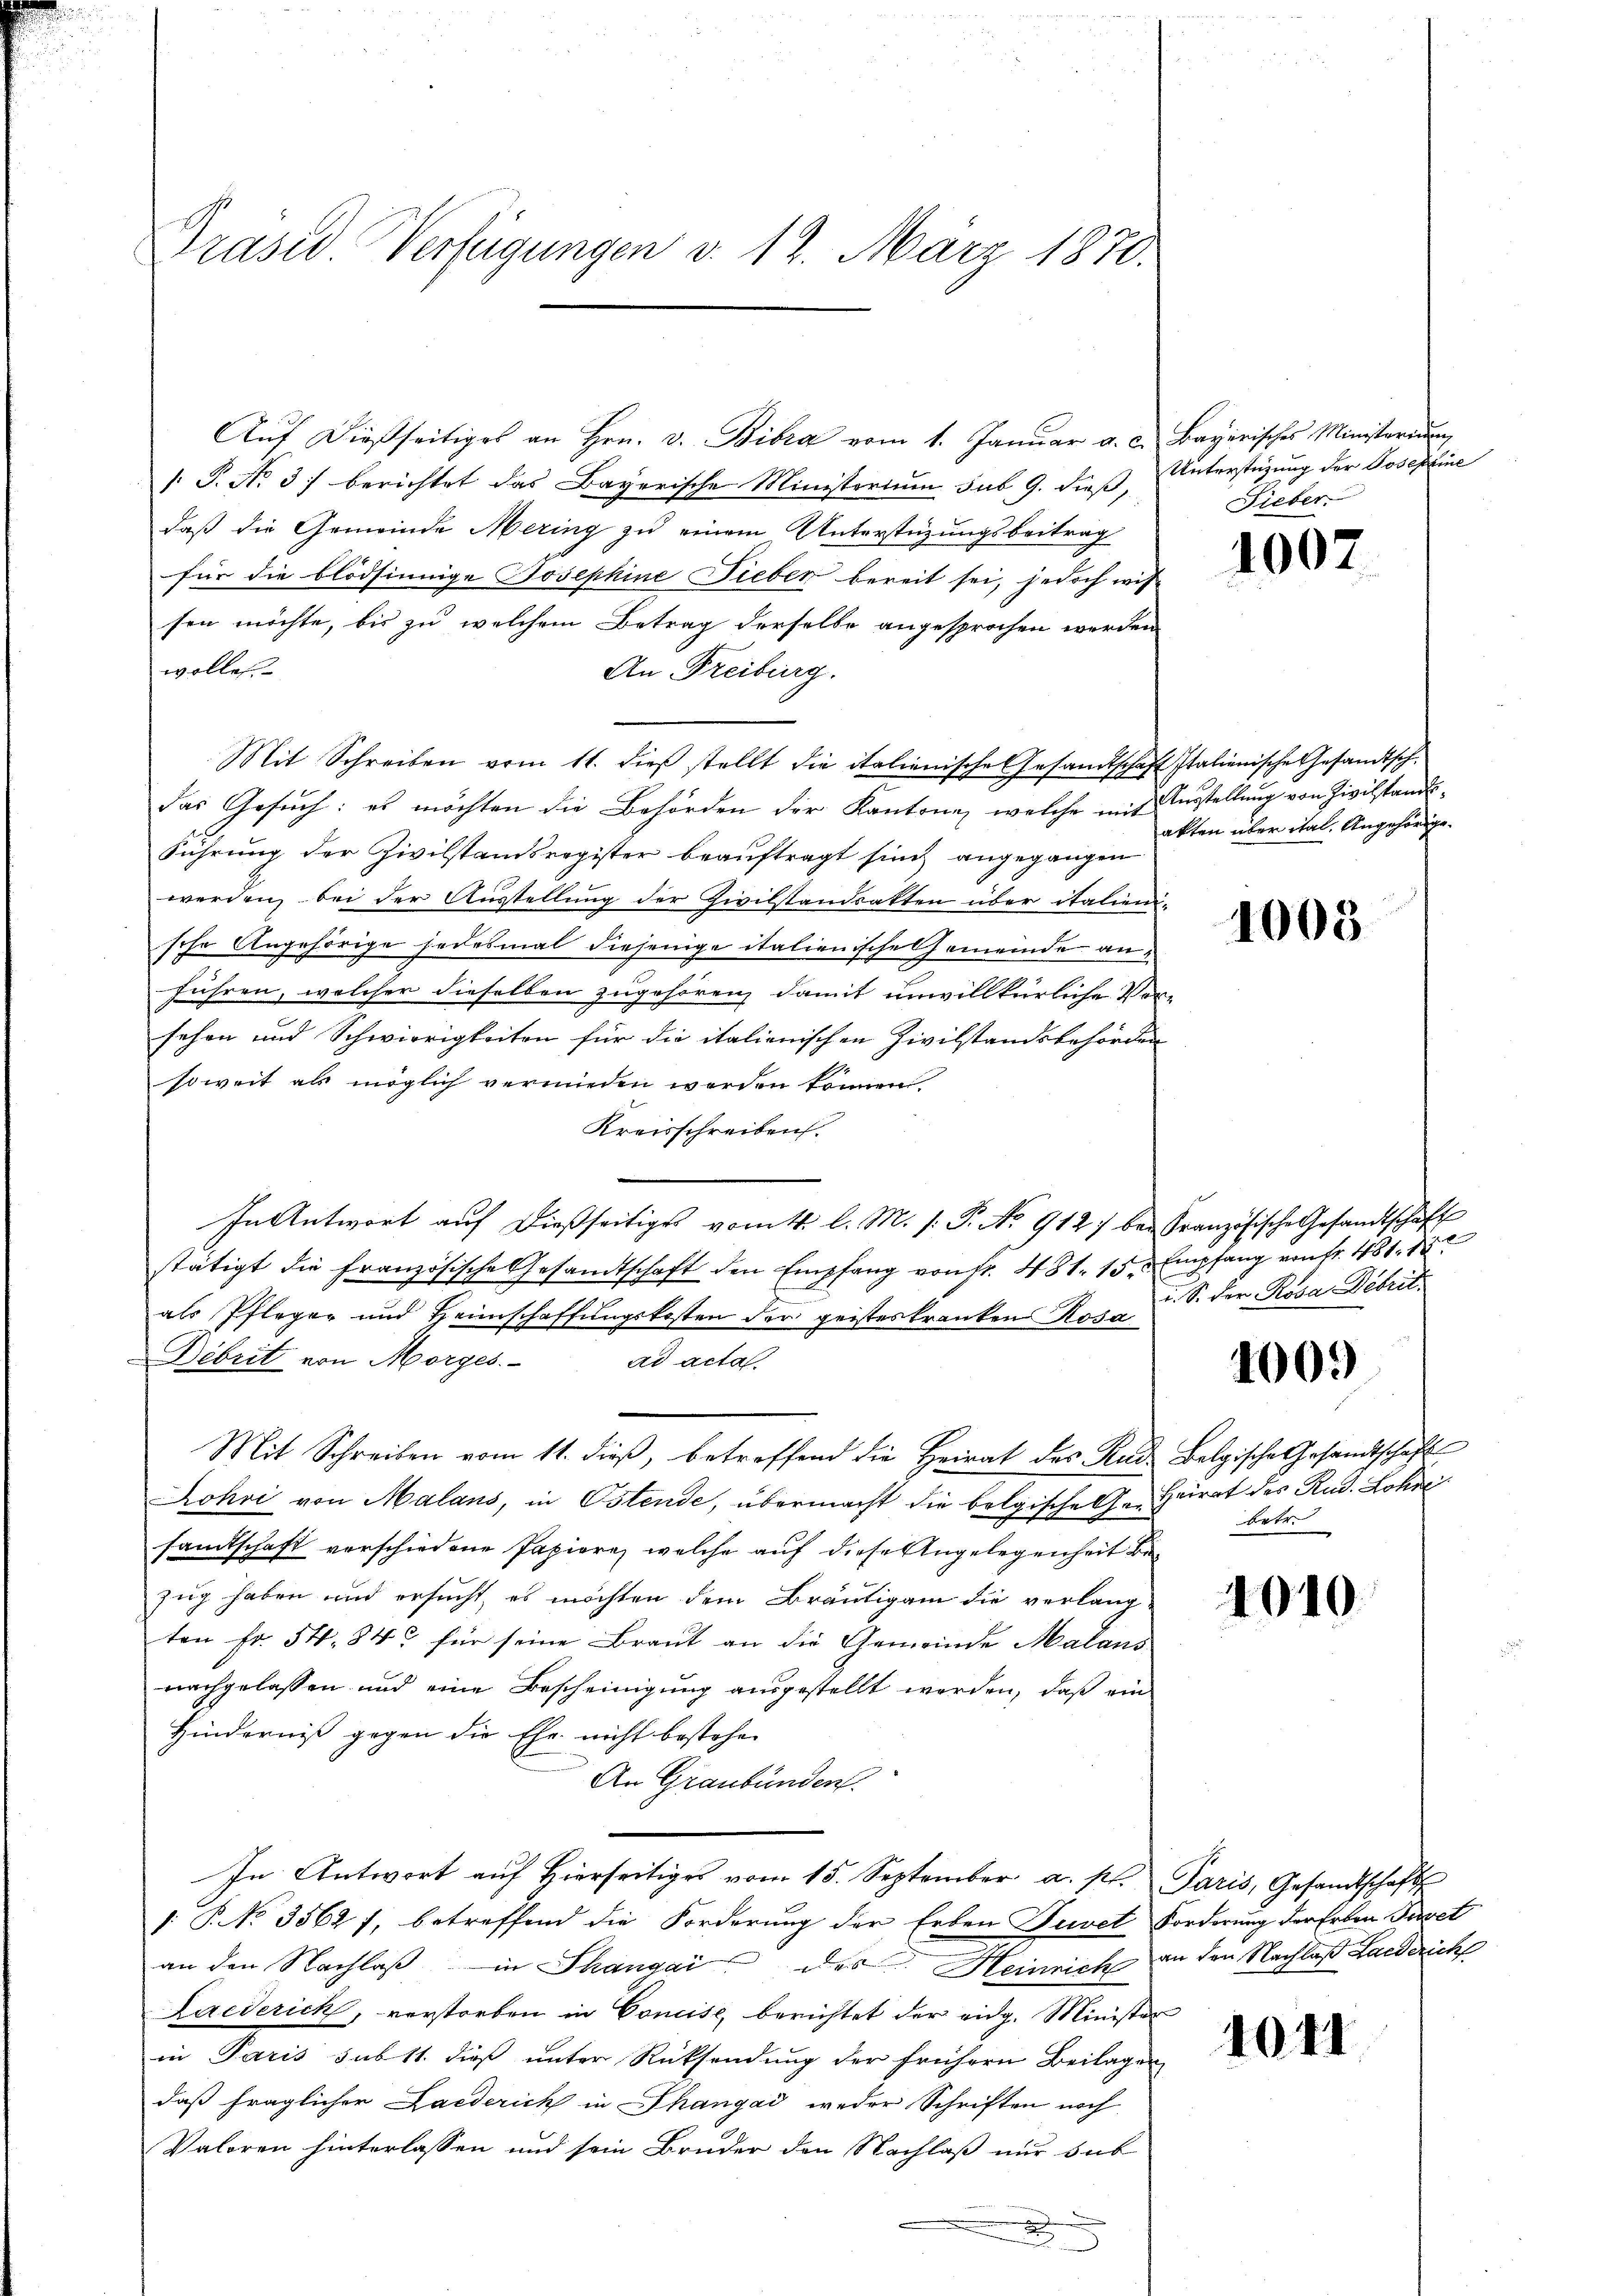
Auf dießseitiges an Hrn. v. Bibra vom 1. Januar a. c.
 P. No. 3) berichtet das Bayerische Ministerium sub 9. dieß,
daß die Gemeinde Mering zu einem Unterstüzungsbeitrag
für die blödsinnige Josephine Fieber bereit sei, jedoch wis
sen möchte, bis zu welchem Betrag derselbe angesprochen werden
wolle.
An Freiburg.
Mit Schreiben vom 11. dieβ stellt die italienische Gesandtschaft Italienische Gesandtsch
das Gesŭch: es möchten die Behörden der Kantone, welche mit Ausstellŭng von Zivilstands¬
Führung der Zivilstandsregister beaŭftragt sind angegangen
werden, bei der Austellung der Zivilstandsakten über italien
sche Angehörige jedesmal diejenige italienische Gemeinde anführen, welcher dieselben zugehören, damit unwillkürliche Vo
sehen und Schwierigkeiten für die italienischen Zivilstandsbehörder
soweit als möglich vermieden werden können.
Kreisschreiben.
In Antwort aŭf dießseitiges vom 1. l. M. h. T. No. 912) bei Französische Gesandtschaft
stätigt die französische Gesandtschaft den Empfang von fr. 481. 15 Empfang von fr. 481. 15
als Pfleger und Heimschaffungskosten der geisteskranken Rosa
Debrit von Morges
ad acta
Mit Schreiben vom 11. dieß, betreffend die Heirat des Rad Belgische Gesandtschaft
Rohoi von Malans, in Ostende, übermacht die belgische Ge-Heirat des Rud. Lohić
sandtschaft verschiedene Papiere, welche auf diese Angelegenheit bezug haben und ersucht, es möchten dem Bräutigam die verlangten Fr. 54. 843 für seine Braut an die Gemeinde Malans
nachgelassen und eine Bescheinigung ausgestellt werden, daß ein
Hinderniß gegen die Ehe nicht bestehen
An Graubünden.
In Antwort auf Hierseitiges vom 15. September a. p.
 P NNo. 3562 f. betreffend die Forderung der Erben Tuvet Forderung der Erben Porset
an den Nachlaβ in Thangai des Heinrich an den Nachlaß Landerich
Laederich, verstorben in Concise, berichtet der eidg. Minister
in Paris sub 11. dieß unter Rücksendung der frühern Beilagen
daß fraglicher Landerich in Thangad weder Schriften noch
Valoren hinterlassen und sein Bruder den Nachlaß nur sub
x

Präsid Verfügungen v. 12. März 1870.

f

Bayerisches Ministerium
Unterstüzung der Josephine
Fieber.

1007

akten über ital. Angehörige.

5

1008

i. S. der Rosa Debit.

1009

betr.

4010

Paris, Gesandtschaft

4011